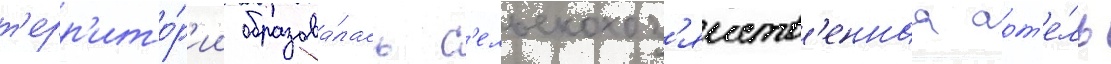
т'ерр'ито́р'ии образова́лась с'ельскохоз'яиств'еннаа арт'е́ль